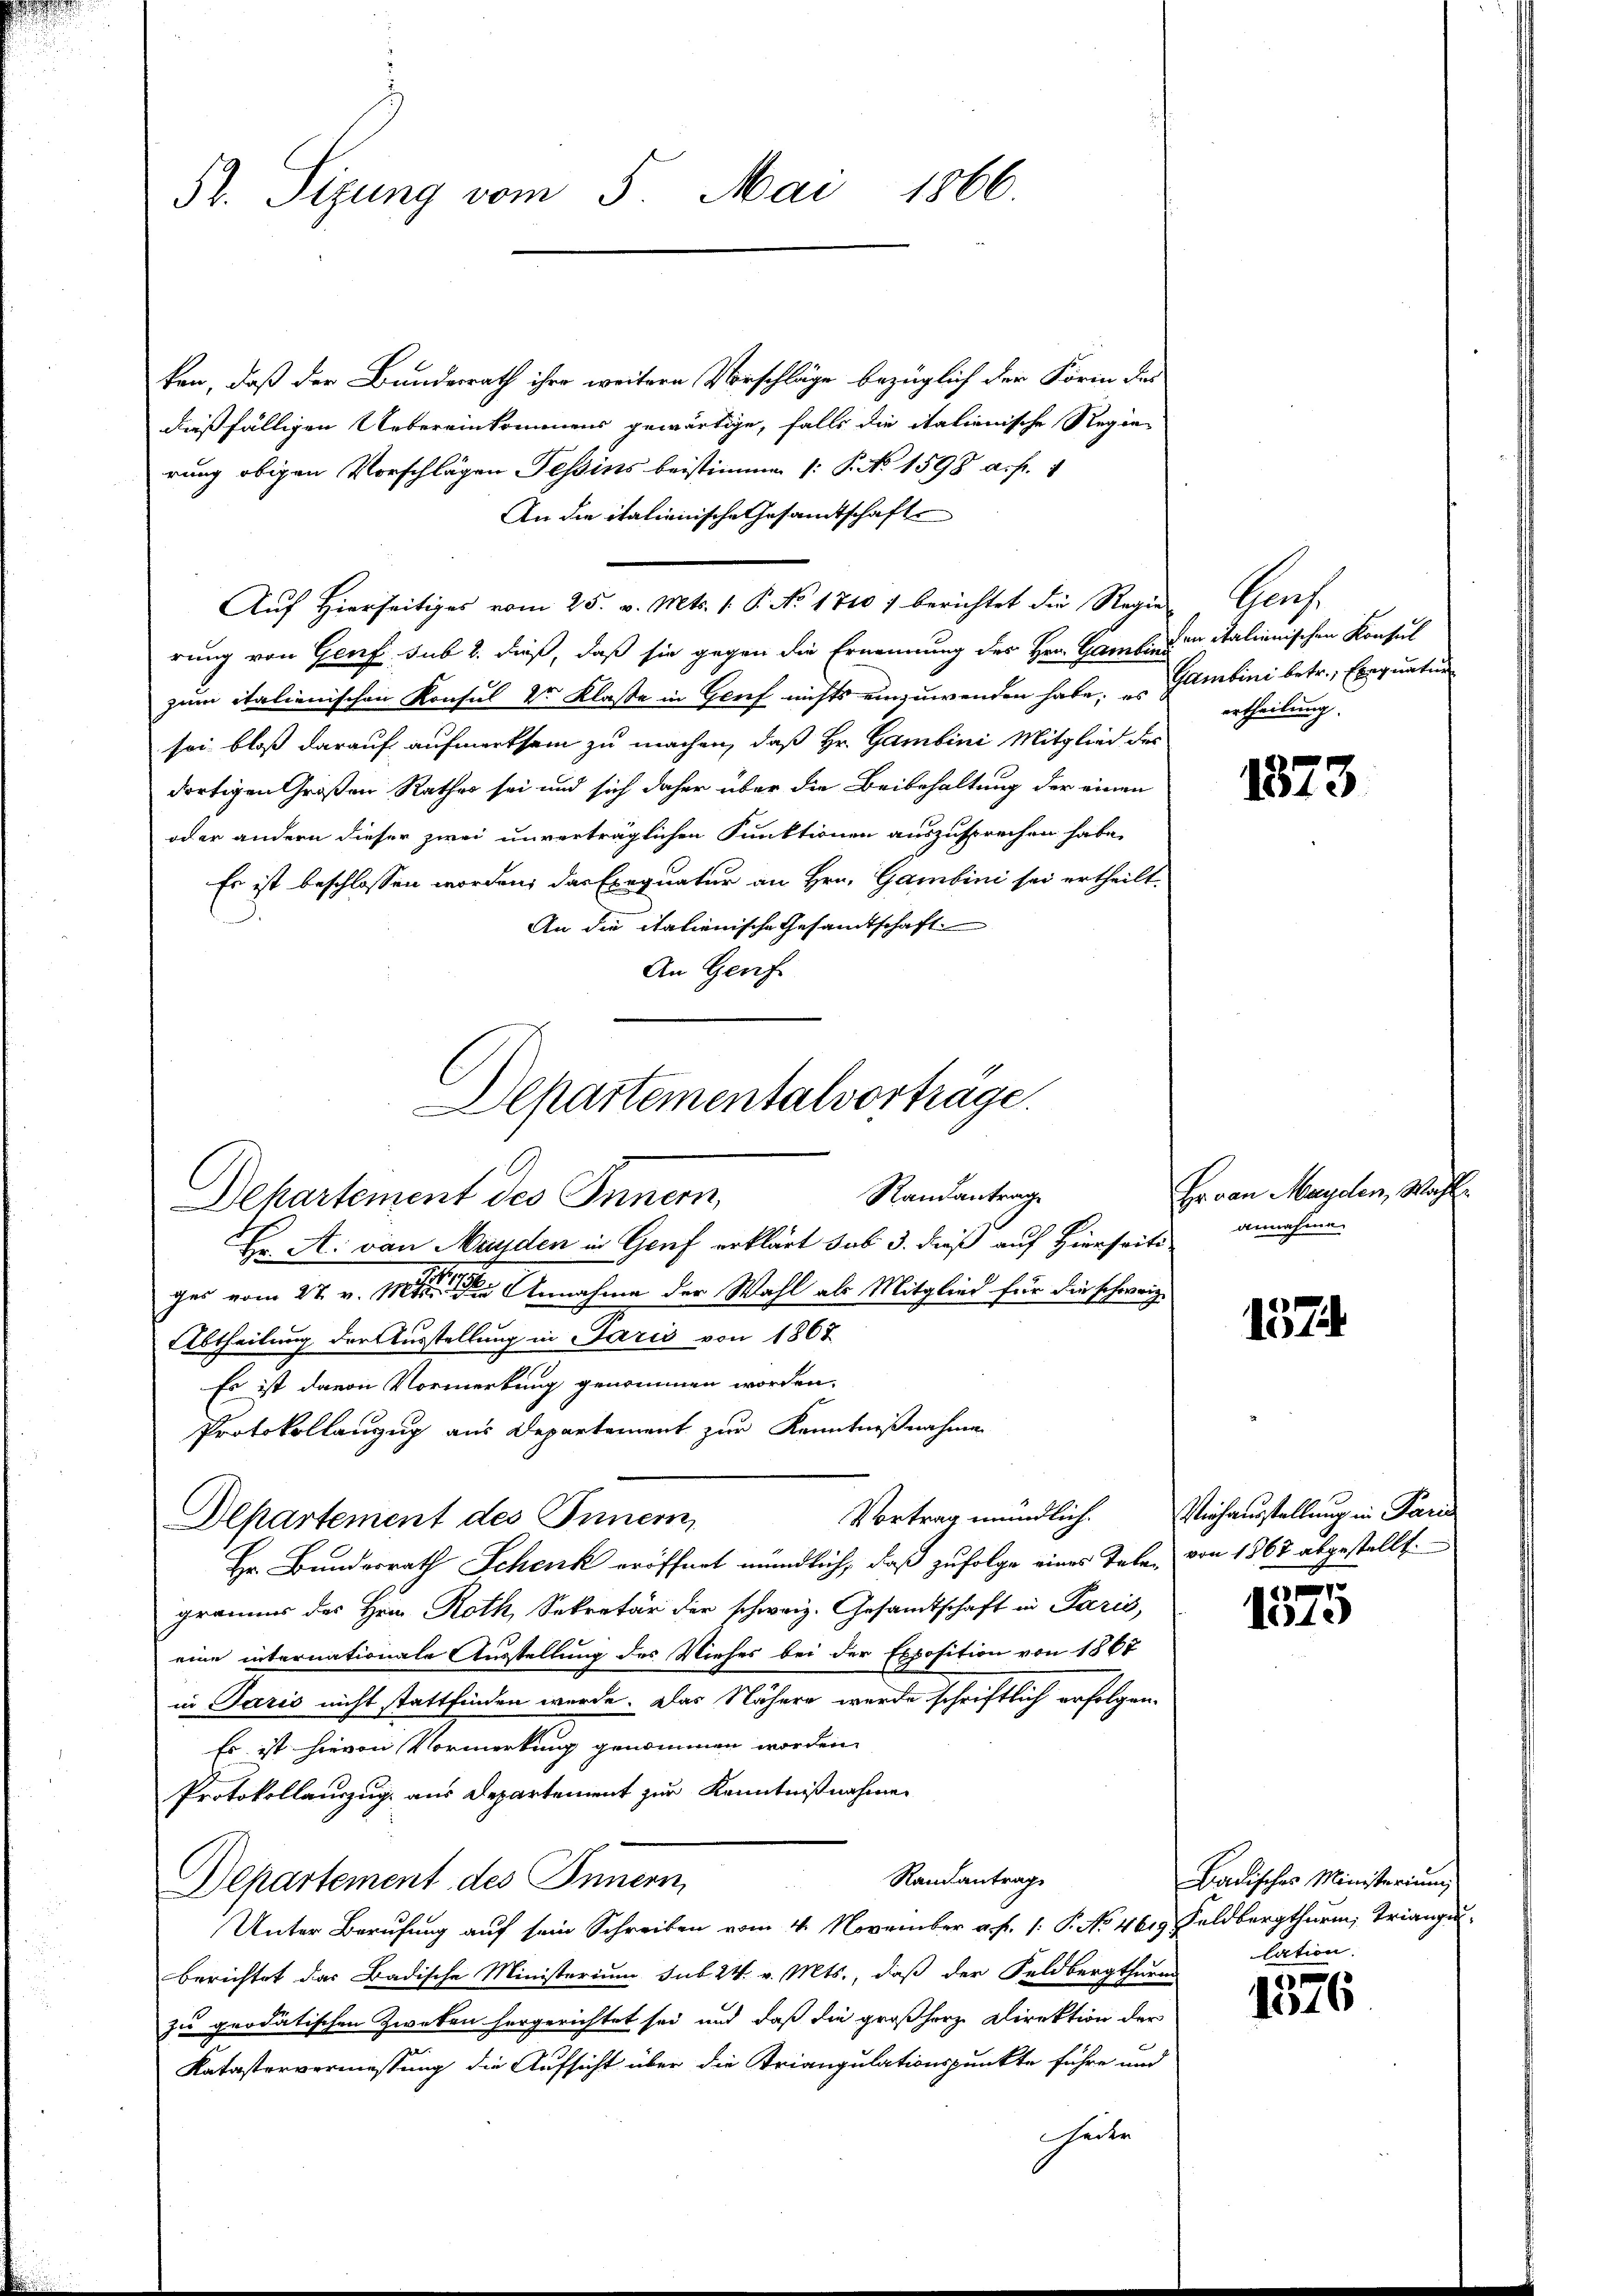
ken, daß der Bundesrath ihre weitere Vorschläge bezüglich der Form des
dießfälligen Uebereinkommens gewärtige, falls die italienische Regierung obigen Vorschlägen Tessins beistimmen (: P. No 1598 a. f. 1
An die italienische Gesandtschafte
Aŭf Hierseitiges vom 25. v. Mts. 1. P. No 1710 f berichtet die Regier Genf
rung von Genf sub 2. dieß, daß sie gegen die Ernennung des Hrn. Gamlins in italienischen Konsul
zum italienischen Konsul 2r Klasse in Genf nichts einzuwenden habe. Gambini betr. Exequatur
sei bloß darauf aufmerksam zu machen, daß Hr. Gambini Mitglied der
dortigen Großen Rathes sei und sich daher über die Beibehaltung der einen
oder andern dieser zwei unverträglichen Punktionen auszusprechen habe.
Es ist beschlossen worden, das Exequatur an Hrn. Gambini sei ertheilt.
An die italienische Gesamtschaft
An Genf

52. Sizung vom 5. Mai 1866.

Departementalverträge.
Randantrage
Departement des Innern,

Protokollanzug aus Departement zur Kenntnißnahme
Vortrag mündlich.

Hr. A. von Manden in Genf erklärt sub 3. dieß auf Hierseiti
ches vom 27. v. 18. Annahme der Wahl als Mitglied für die schweiz.
Abtheilung der Ausstellung in Paris von 1807
Es ist davon Vormerkung genommen worden.
Departement des Innern,
Hr. Bundesrath Schenk eröffnet mündlich, daß zufolge eines Talen von 1367 abgestellt.
gramms des Hein Roth, Sekretär der schweiz. Gesandtschaft in Paris,
eine internationale Ausstellung des Viehes bei der Exposition von 1867
in Paris nicht stattfinden werde. Das Nähere werde schriftlich erfolgen-
Es ist hievon Vormerkung genommen worden.
Protokollauszug aus Departement zur Kenntnißnahmen
Randantrag
Departement des Innern,
Unter Berufung auf sein Schreiben vom 4. November a. f. 1: P. No 4619 Feldbergthŭrm; Triange
Berichtet das Badische Ministerium sub 24. v. Mts., daß der Feldbergthurmi
zu quodatischen Zweken hergerichtet sei und daß die großherz Direktion der
Katastervermessung die Aufsicht über die Triangulationspunkte führe und
heite

ertheilung.

1873

Hr van Mayden, Wahl
annahme.

157

Viehausstellung in Paris

.
110

Badisches Ministerium
lation.

1576